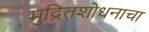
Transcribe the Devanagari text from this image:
मुद्रितशोधनाचा